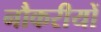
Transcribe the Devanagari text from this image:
नौकरीयों